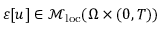
\varepsilon [ u ] \in \mathcal { M } _ { \mathrm { l o c } } ( \Omega \times ( 0 , T ) )